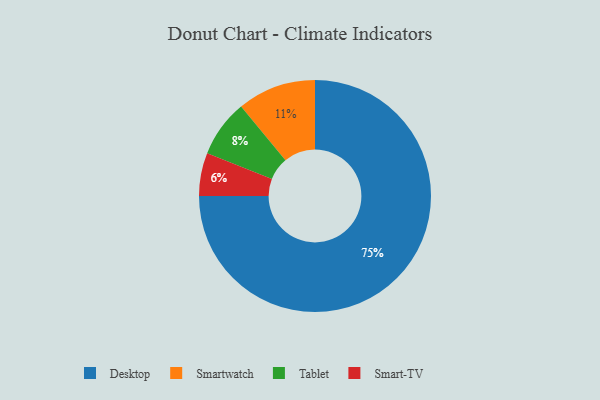
{"axis": {"x": "Category", "y": "Percentage"}, "legend": ["Desktop", "Smart-TV", "Smartwatch", "Tablet"], "data": [{"x": "Smart-TV", "y": 6, "type": "Smart-TV"}, {"x": "Smartwatch", "y": 11, "type": "Smartwatch"}, {"x": "Tablet", "y": 8, "type": "Tablet"}, {"x": "Desktop", "y": 75, "type": "Desktop"}]}